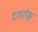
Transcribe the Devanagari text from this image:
दशशंकु